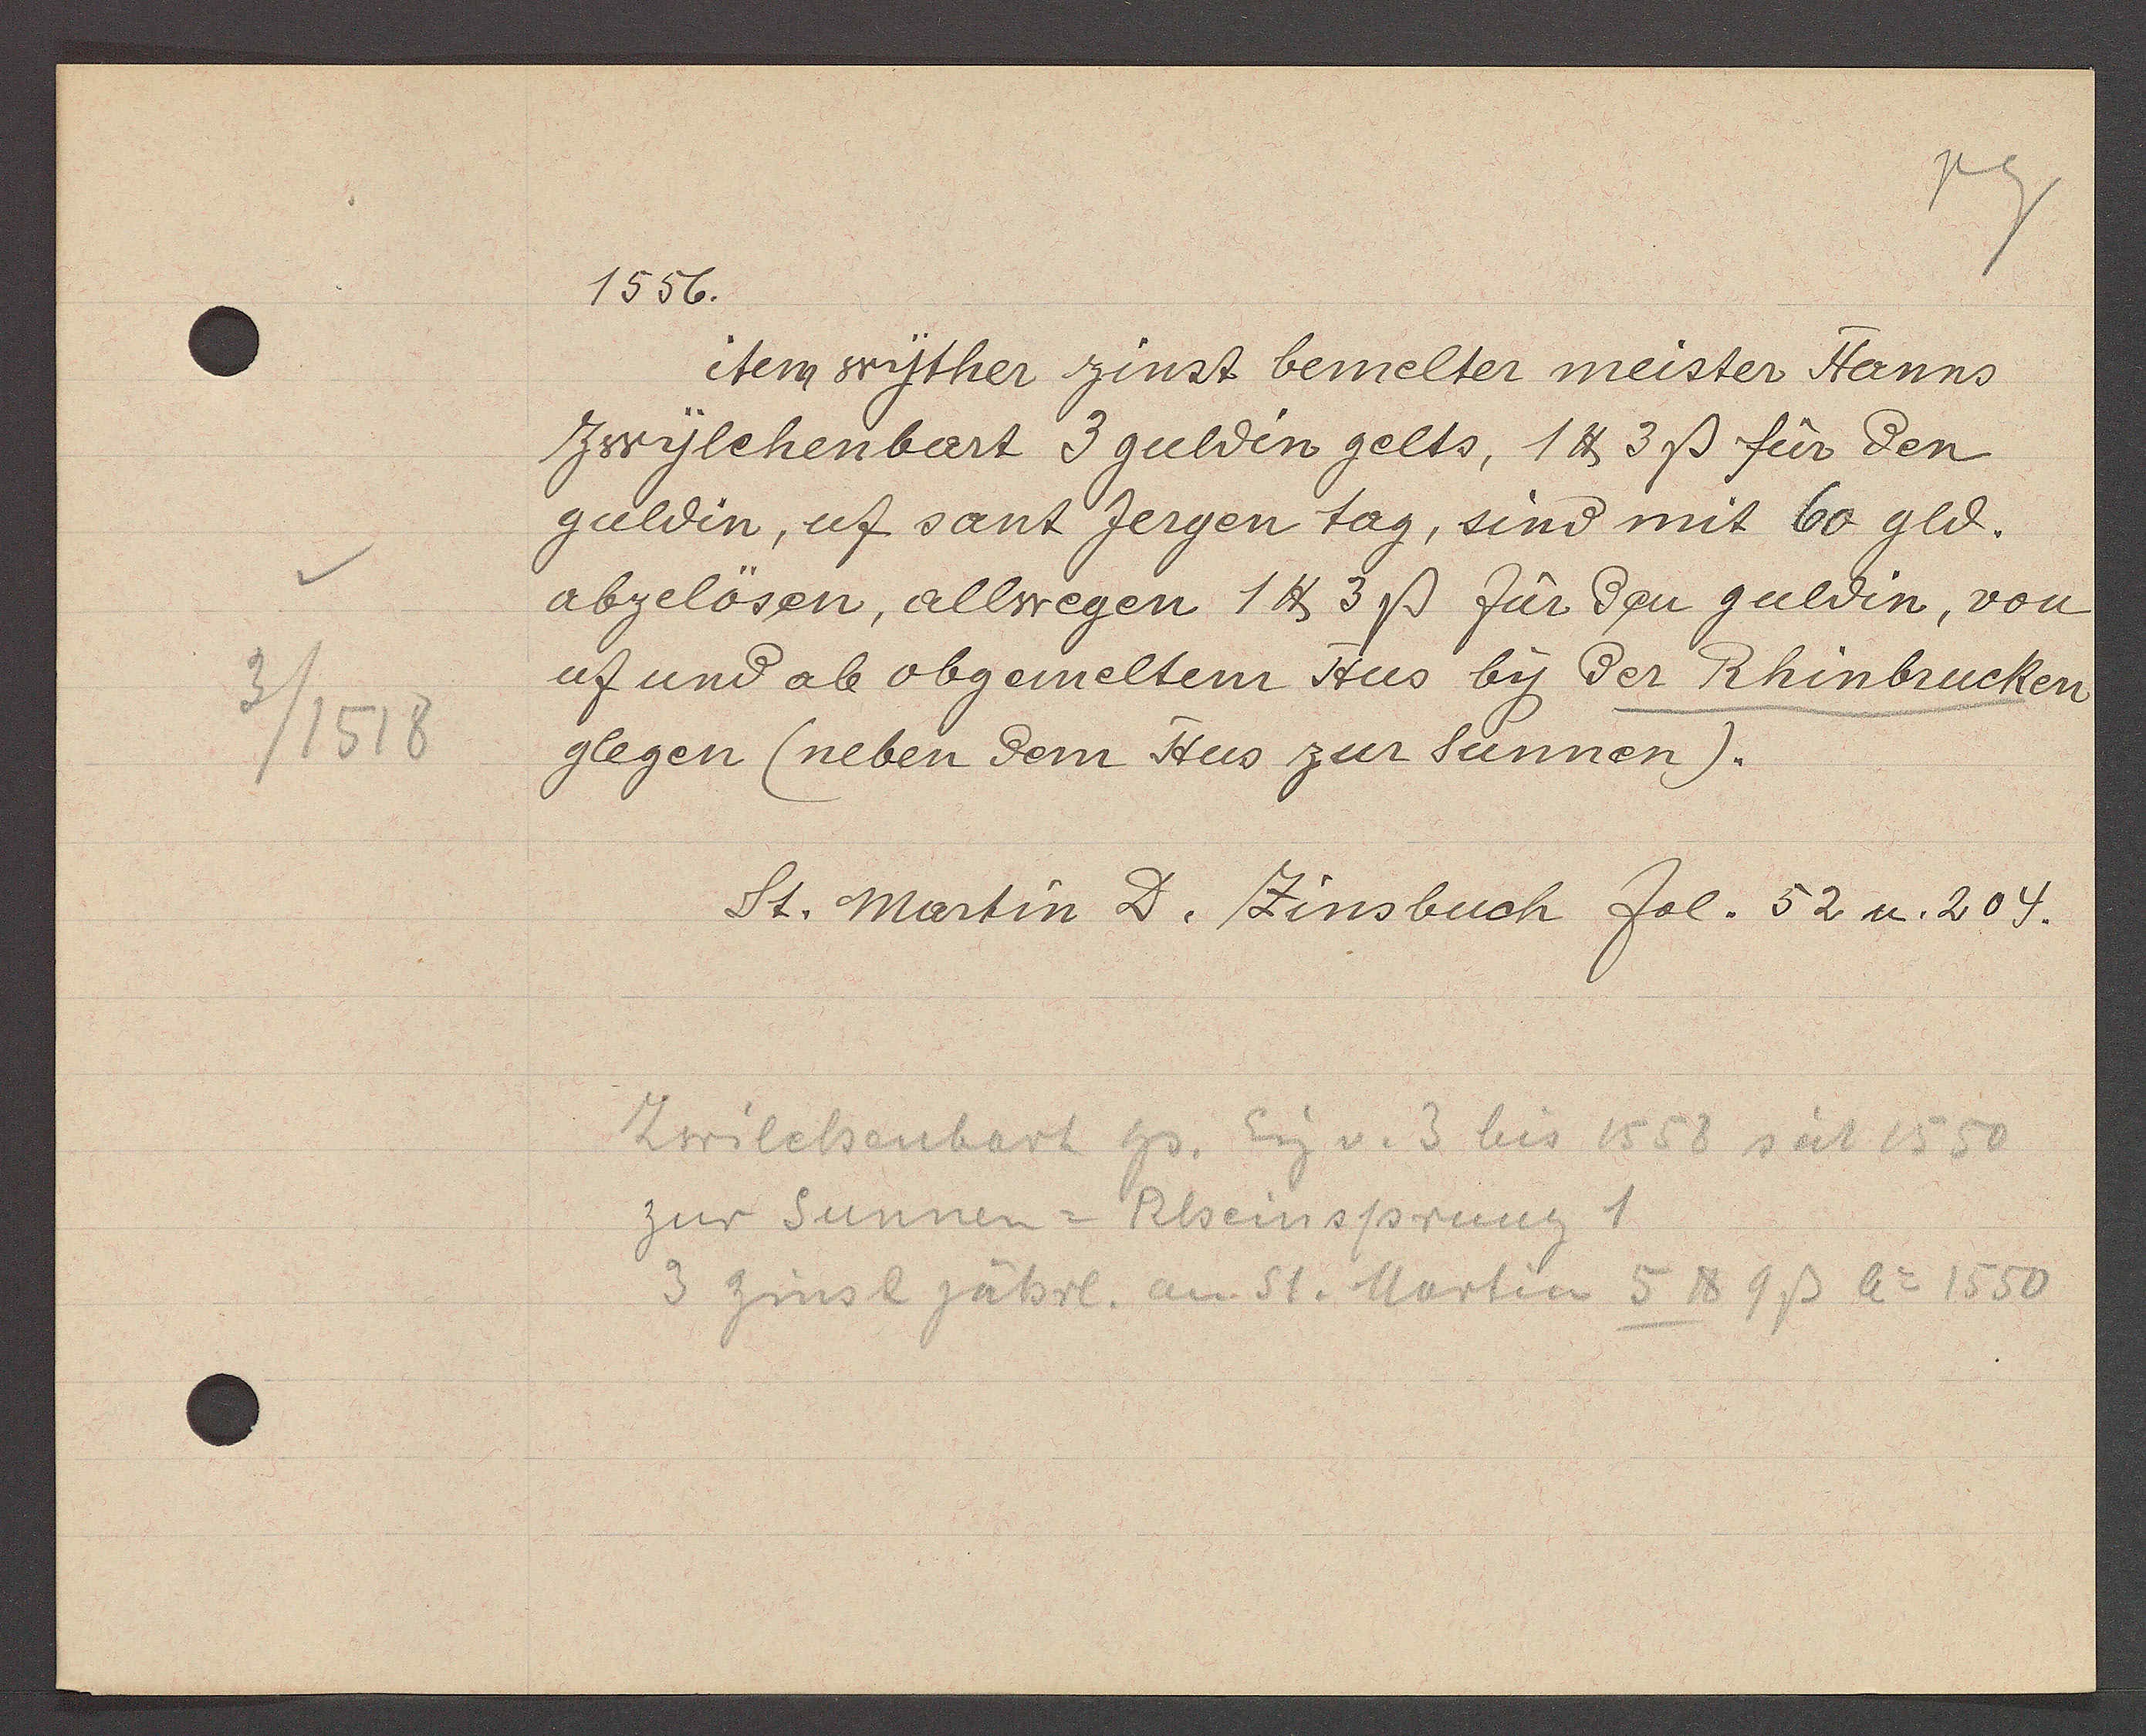
Transcript:
3/1518

1556.

item wyther zinst bemelten meister Hanns
Zwylchenbart 3 guldin gelts, 1 ℔ 3ß für den
guldin, uf sant Jergen tag, sind mit 60 gld.
abzelösen, allwegen 1 ℔ 3 ß für den guldin, von
uf und ab obgemeltem Hus by ȡer Rhinbrucken
glegen (neben ȡem Hus zur Sunnen).

St. martin D. Zinsbuch fol. 52 u. 204.

Zwilchenbart Hs. Eig v. 3 bis 1558 seit 1550
zur Sunnen = Rheinsprung 1
3 Zins 2 jährl. am St. Martin 5 ℔ 9 ß Ao 1550